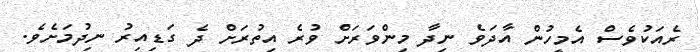
ރެއަކުވެސް އެމީހުން އާދަވެ ނިދާ މިންވަރަށް ވުރެ އިތުރަށް ދެ ގަޑިއިރު ނިދުމަށެވެ.